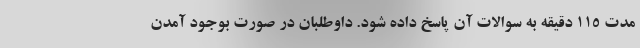
مدت ۱۱۵ دقیقه به سوالات آن پاسخ داده شود. داوطلبان در صورت بوجود آمدن